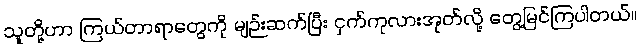
သူတို့ဟာ ကြယ်တာရာတွေကို မျဉ်းဆက်ပြီး ငှက်ကုလားအုတ်လို့ တွေ့မြင်ကြပါတယ်။